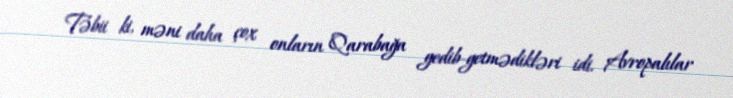
Təbii ki, məni daha çox onların Qarabağa gedib-getmədikləri idi. Avropalılar